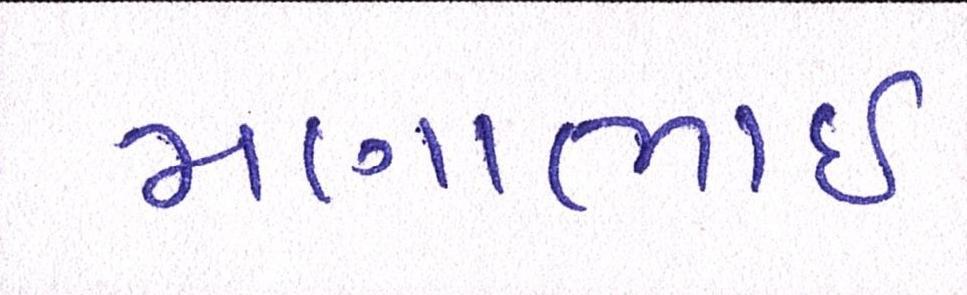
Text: મણાભાઈ